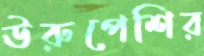
ঊরুপেশির